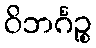
ဝိဘင်္ဂဉ္စ